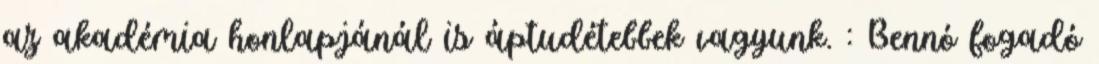
az akadémia honlapjánál is áptudétebbek vagyunk. : Bennó fogadó